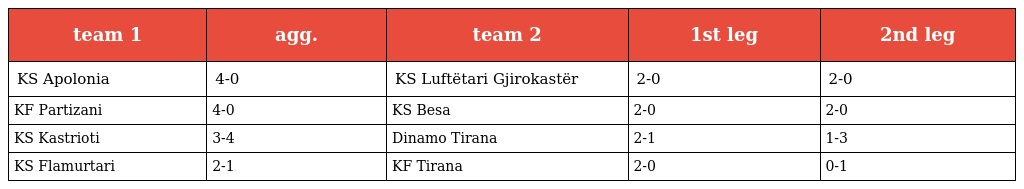
| team 1 | agg. | team 2 | 1st leg | 2nd leg |
 | --- | --- | --- | --- | --- |
 | KS Apolonia | 4-0 | KS Luftëtari Gjirokastër | 2-0 | 2-0 |
 | KF Partizani | 4-0 | KS Besa | 2-0 | 2-0 |
 | KS Kastrioti | 3-4 | Dinamo Tirana | 2-1 | 1-3 |
 | KS Flamurtari | 2-1 | KF Tirana | 2-0 | 0-1 |